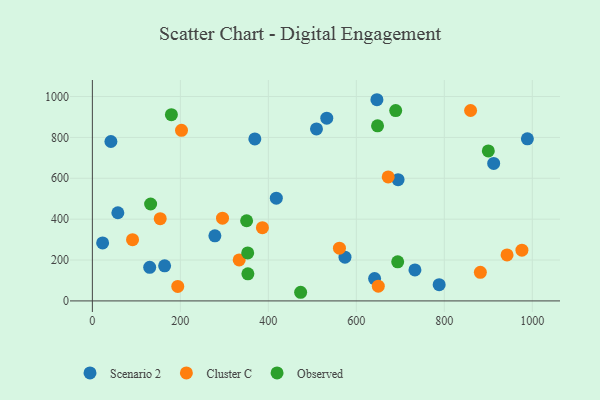
{"axis": {"x": "Ad Spend", "y": "Fuel Efficiency"}, "legend": ["Cluster C", "Observed", "Scenario 2"], "data": [{"x": "369.3", "y": 792.4, "type": "Scenario 2"}, {"x": "418.1", "y": 502.6, "type": "Scenario 2"}, {"x": "23.3", "y": 283.8, "type": "Scenario 2"}, {"x": "42.1", "y": 780.0, "type": "Scenario 2"}, {"x": "164.2", "y": 171.9, "type": "Scenario 2"}, {"x": "532.8", "y": 894.2, "type": "Scenario 2"}, {"x": "574.2", "y": 214.2, "type": "Scenario 2"}, {"x": "733.2", "y": 151.5, "type": "Scenario 2"}, {"x": "646.8", "y": 984.3, "type": "Scenario 2"}, {"x": "694.9", "y": 593.4, "type": "Scenario 2"}, {"x": "641.5", "y": 109.1, "type": "Scenario 2"}, {"x": "509.4", "y": 841.4, "type": "Scenario 2"}, {"x": "988.8", "y": 792.9, "type": "Scenario 2"}, {"x": "912.2", "y": 672.5, "type": "Scenario 2"}, {"x": "130.3", "y": 164.5, "type": "Scenario 2"}, {"x": "788.3", "y": 79.7, "type": "Scenario 2"}, {"x": "278.5", "y": 318.4, "type": "Scenario 2"}, {"x": "57.9", "y": 431.3, "type": "Scenario 2"}, {"x": "194.1", "y": 71.1, "type": "Cluster C"}, {"x": "881.9", "y": 140.1, "type": "Cluster C"}, {"x": "672.4", "y": 606.6, "type": "Cluster C"}, {"x": "942.6", "y": 225.0, "type": "Cluster C"}, {"x": "859.7", "y": 931.6, "type": "Cluster C"}, {"x": "333.7", "y": 200.7, "type": "Cluster C"}, {"x": "91.3", "y": 299.7, "type": "Cluster C"}, {"x": "561.6", "y": 258.0, "type": "Cluster C"}, {"x": "154.2", "y": 402.6, "type": "Cluster C"}, {"x": "386.5", "y": 358.4, "type": "Cluster C"}, {"x": "976.4", "y": 248.5, "type": "Cluster C"}, {"x": "202.6", "y": 834.5, "type": "Cluster C"}, {"x": "649.9", "y": 72.1, "type": "Cluster C"}, {"x": "295.8", "y": 404.9, "type": "Cluster C"}, {"x": "353.1", "y": 234.6, "type": "Observed"}, {"x": "900.0", "y": 734.0, "type": "Observed"}, {"x": "353.5", "y": 132.6, "type": "Observed"}, {"x": "694.0", "y": 191.5, "type": "Observed"}, {"x": "648.2", "y": 856.5, "type": "Observed"}, {"x": "689.5", "y": 931.4, "type": "Observed"}, {"x": "132.4", "y": 474.2, "type": "Observed"}, {"x": "473.4", "y": 42.3, "type": "Observed"}, {"x": "179.6", "y": 911.0, "type": "Observed"}, {"x": "350.6", "y": 392.2, "type": "Observed"}]}